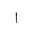
Letter: _alif